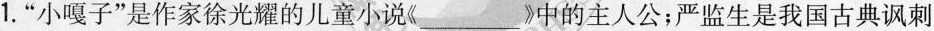
1.”小嘎子”是作家徐光耀的儿童小说《___》中的主人公；严监生是我国古典讽刺